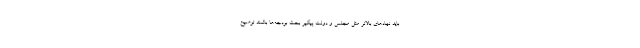
باید نهادهای بالاتر مثل مجلس و دولت پیگیر بحث بودجه‌ها باشند توضیح